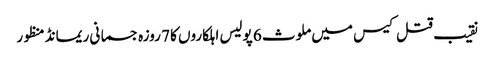
نقیب قتل کیس میں ملوث 6 پولیس اہلکاروں کا 7 روزہ جسمانی ریمانڈ منظور